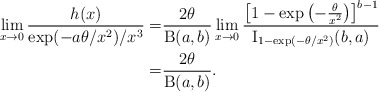
\begin{align*}\lim_{x\to0}\frac{h(x)}{ \exp(-a\theta/x^2) / x^3}=&\frac{2\theta}{\operatorname{B}(a,b)}\lim_{x\to0}\frac{\left[ 1-\exp\left(-\frac{\theta}{x^2}\right) \right]^{b-1}}{\operatorname{I}_{1-\exp(-\theta/x^2)}(b,a)}\\=&\frac{2\theta}{\operatorname{B}(a,b)}.\end{align*}